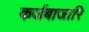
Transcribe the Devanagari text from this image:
कर्जबाजारि